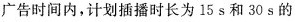
广告时间内，计划插播时长为15 s和30 s的